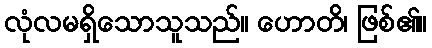
လုံလမရှိသောသူသည်။ ဟောတိ၊ ဖြစ်၏။